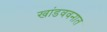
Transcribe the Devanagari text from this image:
खांडववनात